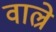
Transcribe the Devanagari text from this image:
वाल्रे